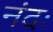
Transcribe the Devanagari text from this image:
नंदः